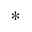
^ *